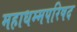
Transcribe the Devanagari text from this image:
महाधम्मपरिषद